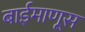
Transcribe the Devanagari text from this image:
बाईमाणूस